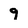
Character: 9